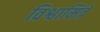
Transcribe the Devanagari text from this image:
विश्वामित्रे